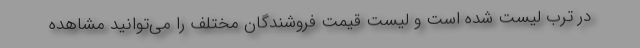
در ترب لیست شده است و لیست قیمت فروشندگان مختلف را می‌توانید مشاهده